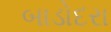
બાડોદરા